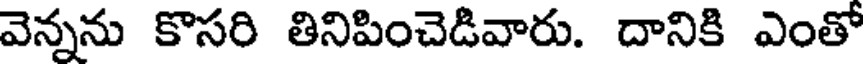
వెన్నను కొసరి తినిపించెడివారు. దానికి ఎంతో